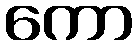
ကော